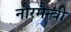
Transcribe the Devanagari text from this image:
नौरमैन्बी